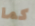
كما